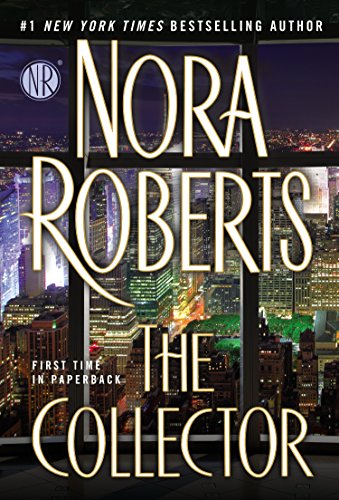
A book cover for The Collector; Nora Roberts; Romance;